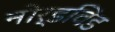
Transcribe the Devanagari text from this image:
नोर्डविंड